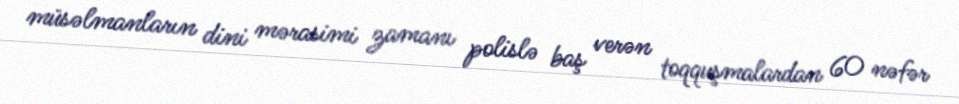
müsəlmanların dini mərasimi zamanı polislə baş verən toqquşmalardan 60 nəfər